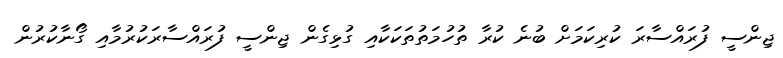
ޖިންސީ ފުރައްސާރަ ކުރިކަމަށް ބުނެ ކުރާ ތުހުމަތުތަކަކާއި ގުޅިގެން ޖިންސީ ފުރައްސާރަކުރުމާއި ގޯނާކުރުން